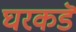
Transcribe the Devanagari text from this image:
घरकडॆ